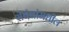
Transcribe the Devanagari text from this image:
संबंधांमधील